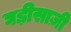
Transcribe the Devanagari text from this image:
घड़ीसाज़ी